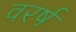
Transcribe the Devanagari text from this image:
वरर्ष